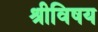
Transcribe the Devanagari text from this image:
श्रीविषय